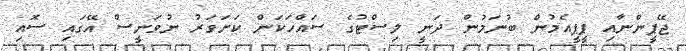
ޖޭޕީންނާއި ޕީޕީއެމުން ބުނަމުން ދަނީ ލިސްޓުގެ ސައްހަކަން ކަށަވަރު ނުވަނީސް އޭގައި ސޮއި